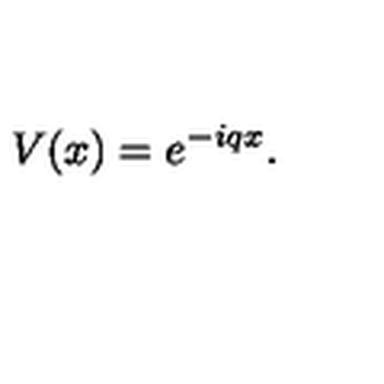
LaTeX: V ( x ) = e ^ { - i q x } .